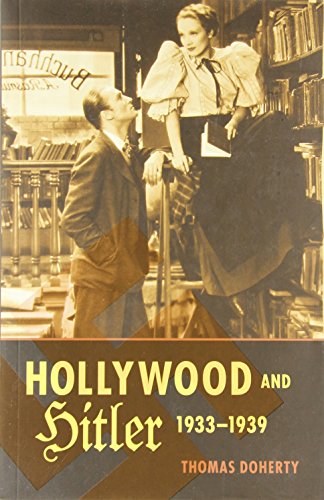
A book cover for Hollywood and Hitler, 1933-1939 (Film and Culture Series); Thomas Doherty; Humor & Entertainment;